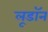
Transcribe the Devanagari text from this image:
लूडॉन